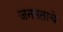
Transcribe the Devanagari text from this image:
जनमताचे